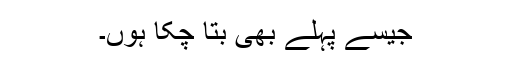
جیسے پہلے بھی بتا چُکا ہُوں۔